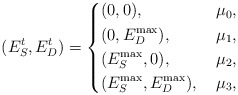
\begin{align*}(E_{S}^{t}, E_{D}^{t}) = \left\{\begin{aligned}& (0, 0), & ~ \mu_{0}, \\& (0, E_{D}^{\max}), & ~ \mu_{1}, \\& (E_{S}^{\max}, 0), & ~ \mu_{2}, \\& (E_{S}^{\max}, E_{D}^{\max}), & ~ \mu_{3},\end{aligned}\right.\end{align*}